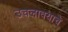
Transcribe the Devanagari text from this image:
उचलावयाचे